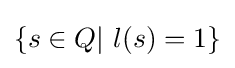
\{s\in Q|{\text{ }}l(s)=1\}